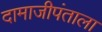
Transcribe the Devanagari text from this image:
दामाजीपंताला